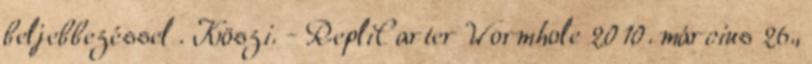
beljebbezéssel . Köszi. - RepliCarter Wormhole 2010. március 26.,